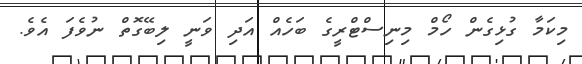
މިކަމާ ގުޅިގެން ހޯމް މިނިސްޓްރީގެ ބަހެއް އަދި ވަނީ ލިބޭގޮތް ނުވެފަ އެވެ.